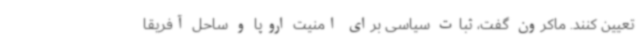
تعیین کنند. ماکرون گفت، ثبات سیاسی برای امنیت اروپا و ساحل آفریقا